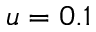
u = 0 . 1